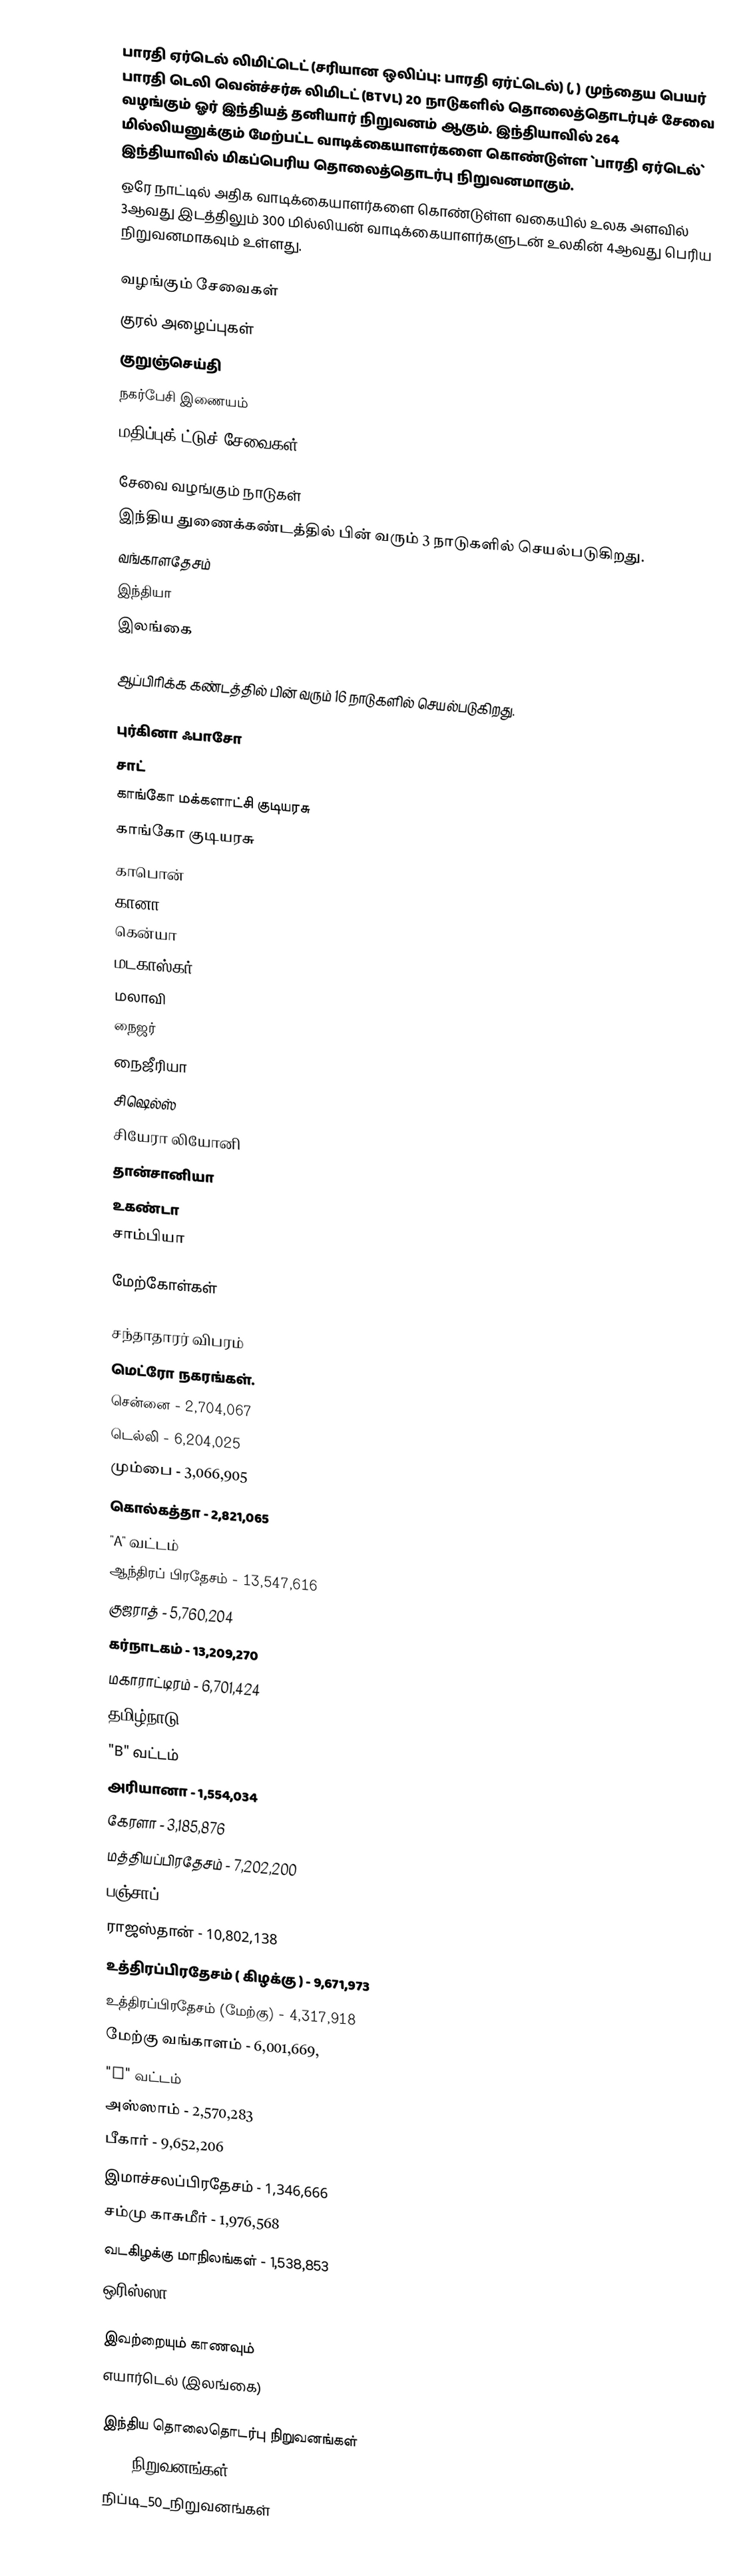
பாரதி ஏர்டெல் லிமிட்டெட்  (சரியான ஒலிப்பு: பாரதி ஏர்ட்டெல்) (, ) முந்தைய பெயர் பாரதி டெலி வென்ச்சர்சு லிமிடட் (BTVL) 20 நாடுகளில் தொலைத்தொடர்புச் சேவை வழங்கும் ஓர் இந்தியத் தனியார் நிறுவனம் ஆகும். இந்தியாவில் 264 மில்லியனுக்கும் மேற்பட்ட வாடிக்கையாளர்களை கொண்டுள்ள `பாரதி ஏர்டெல்` இந்தியாவில் மிகப்பெரிய தொலைத்தொடர்பு நிறுவனமாகும்.
ஒரே நாட்டில் அதிக வாடிக்கையாளர்களை கொண்டுள்ள வகையில் உலக அளவில் 3ஆவது இடத்திலும் 300 மில்லியன் வாடிக்கையாளர்களுடன் உலகின் 4ஆவது பெரிய நிறுவனமாகவும் உள்ளது.

வழங்கும் சேவைகள்
 குரல் அழைப்புகள்
 குறுஞ்செய்தி
 நகர்பேசி இணையம்
 மதிப்புக்௬ட்டுச் சேவைகள்

சேவை வழங்கும் நாடுகள்
இந்திய துணைக்கண்டத்தில் பின் வரும் 3 நாடுகளில் செயல்படுகிறது.
 வங்காளதேசம்
 இந்தியா
 இலங்கை

ஆப்பிரிக்க கண்டத்தில் பின் வரும் 16 நாடுகளில் செயல்படுகிறது.

புர்கினா ஃபாசோ
 சாட்
காங்கோ மக்களாட்சி குடியரசு
காங்கோ குடியரசு
காபொன்
கானா
கென்யா
மடகாஸ்கர்
 மலாவி
நைஜர்
நைஜீரியா
சிஷெல்ஸ்
சியேரா லியோனி
தான்சானியா
உகண்டா
சாம்பியா

மேற்கோள்கள்

சந்தாதாரர் விபரம்
மெட்ரோ நகரங்கள்.
சென்னை - 2,704,067
டெல்லி - 6,204,025
மும்பை - 3,066,905
கொல்கத்தா - 2,821,065
"A" வட்டம்
ஆந்திரப் பிரதேசம் - 13,547,616
குஜராத் - 5,760,204
கர்நாடகம் - 13,209,270
மகாராட்டிரம் - 6,701,424
தமிழ்நாடு - 8,423,702
"B" வட்டம்
அரியானா - 1,554,034
கேரளா - 3,185,876
மத்தியப்பிரதேசம் - 7,202,200
பஞ்சாப் - 4,921,266
ராஜஸ்தான் - 10,802,138
உத்திரப்பிரதேசம் ( கிழக்கு ) - 9,671,973
உத்திரப்பிரதேசம் (மேற்கு) - 4,317,918
மேற்கு வங்காளம் - 6,001,669,
"C" வட்டம்
அஸ்ஸாம் - 2,570,283
பீகார் - 9,652,206
இமாச்சலப்பிரதேசம் - 1,346,666
சம்மு காசுமீர் - 1,976,568
வடகிழக்கு மாநிலங்கள் - 1,538,853
ஒரிஸ்ஸா - 4,373,802

இவற்றையும் காணவும்
எயார்டெல் (இலங்கை)

இந்திய தொலைதொடர்பு நிறுவனங்கள்
1995 நிறுவனங்கள்
நிப்டி_50_நிறுவனங்கள்